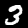
Digit: 3